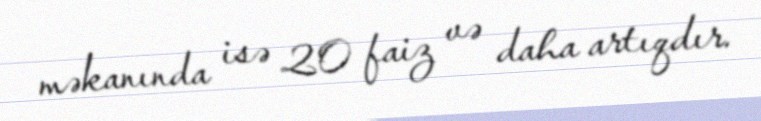
məkanında isə 20 faiz və daha artıqdır.